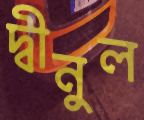
দ্বীনুল